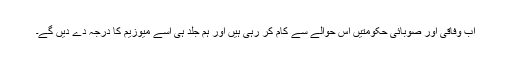
اب وفاقی اور صوبائی حکومتیں اس حوالے سے کام کر رہی ہیں اور ہم جلد ہی اسے میوزیم کا درجہ دے دیں گے۔